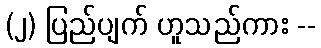
(၂) ပြည်ပျက် ဟူသည်ကား --